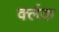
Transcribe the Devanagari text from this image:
र्क्लक